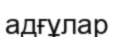
адғұлар